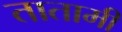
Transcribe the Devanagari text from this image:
तातामी